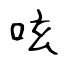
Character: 呟